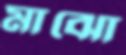
মাঝো